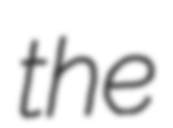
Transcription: the